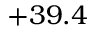
+ 3 9 . 4